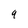
Character: q